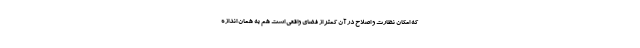
که امکان نظارت و اصلاح در آن کمتر از فضای واقعی است هم به همان اندازه